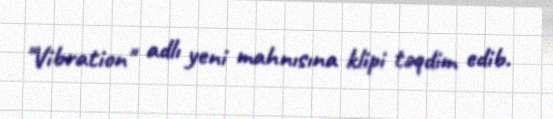
"Vibration" adlı yeni mahnısına klipi təqdim edib.